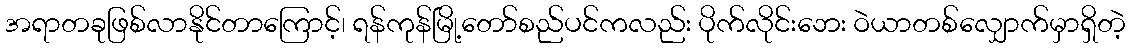
အရာတခုဖြစ်လာနိုင်တာကြောင့်၊ ရန်ကုန်မြို့တော်စည်ပင်ကလည်း ပိုက်လိုင်းဘေး ဝဲယာတစ်လျှောက်မှာရှိတဲ့